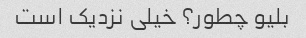
بلیو چطور؟ خیلی نزدیک است